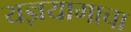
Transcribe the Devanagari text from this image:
यज्ञयागाचा